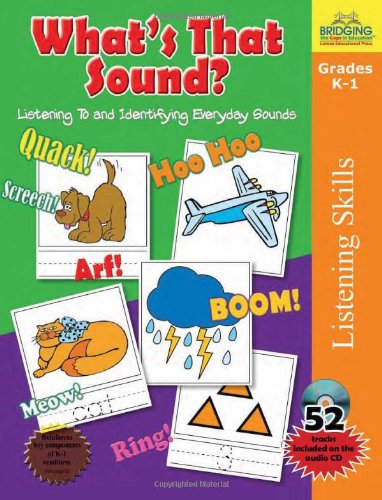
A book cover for What's That Sound?; Blair Bielawski; Health, Fitness & Dieting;